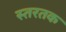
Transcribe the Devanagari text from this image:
स्तरतक